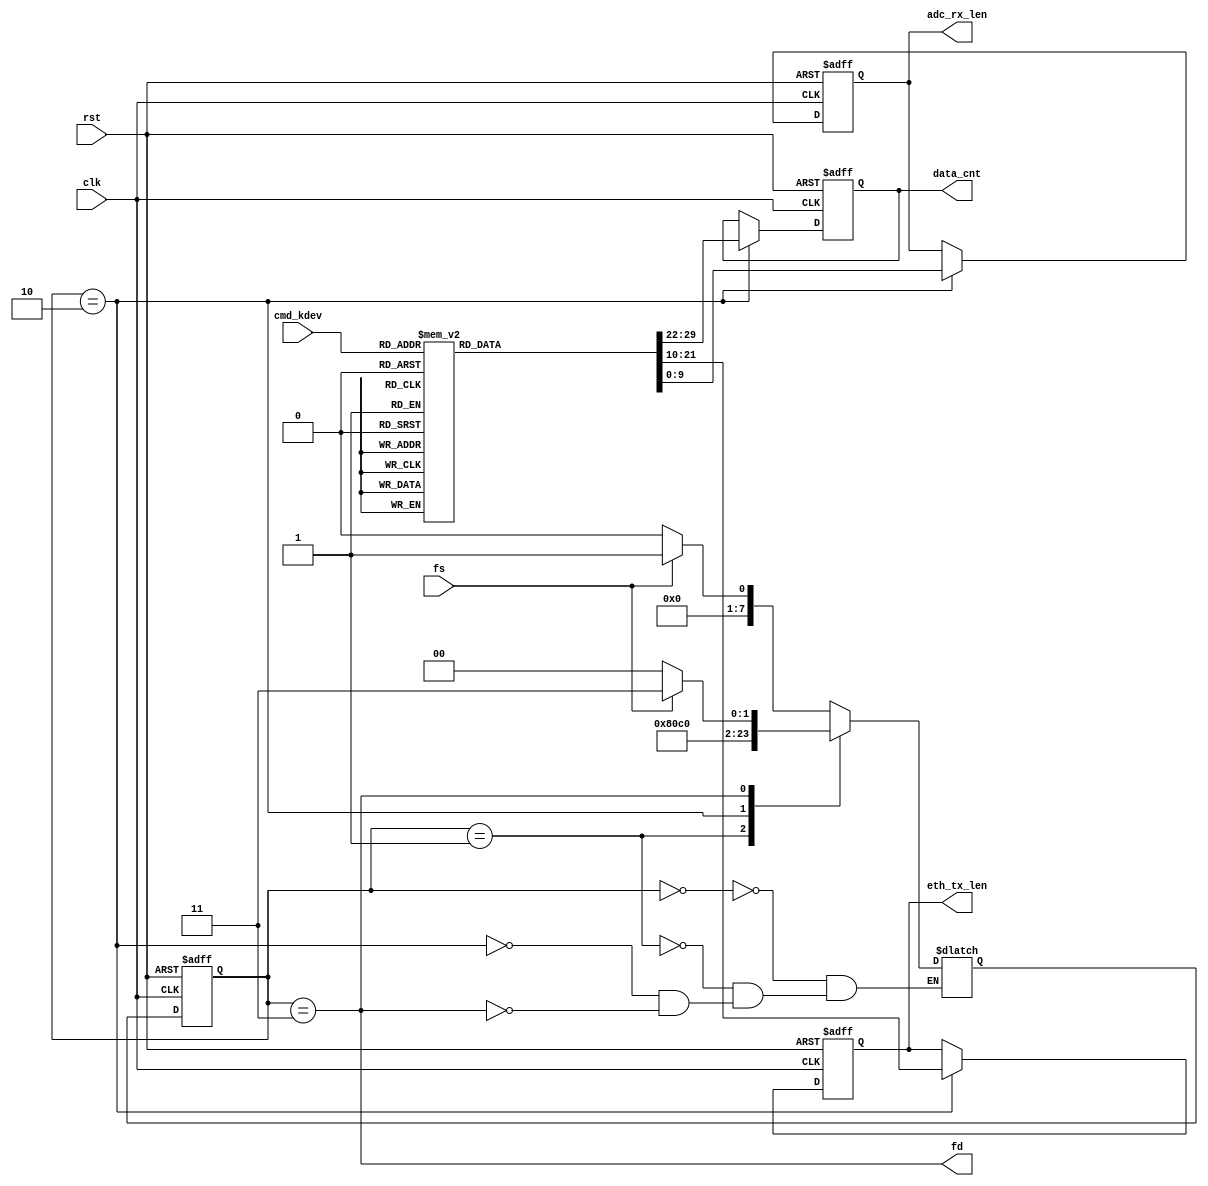
module cs_num(
    input clk,
    input rst,
    input [7:0] cmd_kdev,

    output reg [9:0] adc_rx_len,
    output reg [11:0] eth_tx_len,
    output reg [7:0] data_cnt,

    input fs,
    output fd
);

    reg [7:0] state, next_state;
    localparam IDLE = 8'h00, PREP = 8'h1, WORK = 8'h2, LAST = 8'h3;

    localparam UDP_LEN = 12'd1472;
    localparam MAX_NUM = 8'd10;

    assign fd = (state == LAST);

    always @(posedge clk or posedge rst) begin
        if(rst) state <= IDLE;
        else state <= next_state;
    end

    always @(*) begin
        case(state)
            IDLE: begin
                if(fs) next_state <= PREP;
                else next_state <= IDLE;
            end
            PREP: next_state <= WORK;
            WORK: next_state <= LAST;
            LAST: begin
                if(~fs) next_state <= IDLE;
                else next_state <= LAST;
            end
        endcase
    end

    always @(posedge clk or posedge rst) begin
        if(rst) begin
            adc_rx_len <= 10'h000;
            eth_tx_len <= 12'h000;
            data_cnt <= 8'h00;
        end
        else if(state == WORK) begin
			case(cmd_kdev)
				8'h00: begin
					adc_rx_len <= 10'h006;
					eth_tx_len <= 12'h03C;
					data_cnt <= 8'h0A;
				end
				8'h01: begin
					adc_rx_len <= 10'h026;
					eth_tx_len <= 12'h17C;
					data_cnt <= 8'h0A;
				end
				8'h02: begin
					adc_rx_len <= 10'h046;
					eth_tx_len <= 12'h2BC;
					data_cnt <= 8'h0A;
				end
				8'h03: begin
					adc_rx_len <= 10'h086;
					eth_tx_len <= 12'h53C;
					data_cnt <= 8'h0A;
				end
				8'h04: begin
					adc_rx_len <= 10'h026;
					eth_tx_len <= 12'h17C;
					data_cnt <= 8'h0A;
				end
				8'h05: begin
					adc_rx_len <= 10'h046;
					eth_tx_len <= 12'h2BC;
					data_cnt <= 8'h0A;
				end
				8'h06: begin
					adc_rx_len <= 10'h066;
					eth_tx_len <= 12'h3FC;
					data_cnt <= 8'h0A;
				end
				8'h07: begin
					adc_rx_len <= 10'h0A6;
					eth_tx_len <= 12'h530;
					data_cnt <= 8'h08;
				end
				8'h08: begin
					adc_rx_len <= 10'h046;
					eth_tx_len <= 12'h2BC;
					data_cnt <= 8'h0A;
				end
				8'h09: begin
					adc_rx_len <= 10'h066;
					eth_tx_len <= 12'h3FC;
					data_cnt <= 8'h0A;
				end
				8'h0A: begin
					adc_rx_len <= 10'h086;
					eth_tx_len <= 12'h53C;
					data_cnt <= 8'h0A;
				end
				8'h0B: begin
					adc_rx_len <= 10'h0C6;
					eth_tx_len <= 12'h56A;
					data_cnt <= 8'h07;
				end
				8'h0C: begin
					adc_rx_len <= 10'h086;
					eth_tx_len <= 12'h53C;
					data_cnt <= 8'h0A;
				end
				8'h0D: begin
					adc_rx_len <= 10'h0A6;
					eth_tx_len <= 12'h530;
					data_cnt <= 8'h08;
				end
				8'h0E: begin
					adc_rx_len <= 10'h0C6;
					eth_tx_len <= 12'h56A;
					data_cnt <= 8'h07;
				end
				8'h0F: begin
					adc_rx_len <= 10'h106;
					eth_tx_len <= 12'h51E;
					data_cnt <= 8'h05;
				end
				8'h10: begin
					adc_rx_len <= 10'h026;
					eth_tx_len <= 12'h17C;
					data_cnt <= 8'h0A;
				end
				8'h11: begin
					adc_rx_len <= 10'h046;
					eth_tx_len <= 12'h2BC;
					data_cnt <= 8'h0A;
				end
				8'h12: begin
					adc_rx_len <= 10'h066;
					eth_tx_len <= 12'h3FC;
					data_cnt <= 8'h0A;
				end
				8'h13: begin
					adc_rx_len <= 10'h0A6;
					eth_tx_len <= 12'h530;
					data_cnt <= 8'h08;
				end
				8'h14: begin
					adc_rx_len <= 10'h046;
					eth_tx_len <= 12'h2BC;
					data_cnt <= 8'h0A;
				end
				8'h15: begin
					adc_rx_len <= 10'h066;
					eth_tx_len <= 12'h3FC;
					data_cnt <= 8'h0A;
				end
				8'h16: begin
					adc_rx_len <= 10'h086;
					eth_tx_len <= 12'h53C;
					data_cnt <= 8'h0A;
				end
				8'h17: begin
					adc_rx_len <= 10'h0C6;
					eth_tx_len <= 12'h56A;
					data_cnt <= 8'h07;
				end
				8'h18: begin
					adc_rx_len <= 10'h066;
					eth_tx_len <= 12'h3FC;
					data_cnt <= 8'h0A;
				end
				8'h19: begin
					adc_rx_len <= 10'h086;
					eth_tx_len <= 12'h53C;
					data_cnt <= 8'h0A;
				end
				8'h1A: begin
					adc_rx_len <= 10'h0A6;
					eth_tx_len <= 12'h530;
					data_cnt <= 8'h08;
				end
				8'h1B: begin
					adc_rx_len <= 10'h0E6;
					eth_tx_len <= 12'h564;
					data_cnt <= 8'h06;
				end
				8'h1C: begin
					adc_rx_len <= 10'h0A6;
					eth_tx_len <= 12'h530;
					data_cnt <= 8'h08;
				end
				8'h1D: begin
					adc_rx_len <= 10'h0C6;
					eth_tx_len <= 12'h56A;
					data_cnt <= 8'h07;
				end
				8'h1E: begin
					adc_rx_len <= 10'h0E6;
					eth_tx_len <= 12'h564;
					data_cnt <= 8'h06;
				end
				8'h1F: begin
					adc_rx_len <= 10'h126;
					eth_tx_len <= 12'h5BE;
					data_cnt <= 8'h05;
				end
				8'h20: begin
					adc_rx_len <= 10'h046;
					eth_tx_len <= 12'h2BC;
					data_cnt <= 8'h0A;
				end
				8'h21: begin
					adc_rx_len <= 10'h066;
					eth_tx_len <= 12'h3FC;
					data_cnt <= 8'h0A;
				end
				8'h22: begin
					adc_rx_len <= 10'h086;
					eth_tx_len <= 12'h53C;
					data_cnt <= 8'h0A;
				end
				8'h23: begin
					adc_rx_len <= 10'h0C6;
					eth_tx_len <= 12'h56A;
					data_cnt <= 8'h07;
				end
				8'h24: begin
					adc_rx_len <= 10'h066;
					eth_tx_len <= 12'h3FC;
					data_cnt <= 8'h0A;
				end
				8'h25: begin
					adc_rx_len <= 10'h086;
					eth_tx_len <= 12'h53C;
					data_cnt <= 8'h0A;
				end
				8'h26: begin
					adc_rx_len <= 10'h0A6;
					eth_tx_len <= 12'h530;
					data_cnt <= 8'h08;
				end
				8'h27: begin
					adc_rx_len <= 10'h0E6;
					eth_tx_len <= 12'h564;
					data_cnt <= 8'h06;
				end
				8'h28: begin
					adc_rx_len <= 10'h086;
					eth_tx_len <= 12'h53C;
					data_cnt <= 8'h0A;
				end
				8'h29: begin
					adc_rx_len <= 10'h0A6;
					eth_tx_len <= 12'h530;
					data_cnt <= 8'h08;
				end
				8'h2A: begin
					adc_rx_len <= 10'h0C6;
					eth_tx_len <= 12'h56A;
					data_cnt <= 8'h07;
				end
				8'h2B: begin
					adc_rx_len <= 10'h106;
					eth_tx_len <= 12'h51E;
					data_cnt <= 8'h05;
				end
				8'h2C: begin
					adc_rx_len <= 10'h0C6;
					eth_tx_len <= 12'h56A;
					data_cnt <= 8'h07;
				end
				8'h2D: begin
					adc_rx_len <= 10'h0E6;
					eth_tx_len <= 12'h564;
					data_cnt <= 8'h06;
				end
				8'h2E: begin
					adc_rx_len <= 10'h106;
					eth_tx_len <= 12'h51E;
					data_cnt <= 8'h05;
				end
				8'h2F: begin
					adc_rx_len <= 10'h146;
					eth_tx_len <= 12'h518;
					data_cnt <= 8'h04;
				end
				8'h30: begin
					adc_rx_len <= 10'h086;
					eth_tx_len <= 12'h53C;
					data_cnt <= 8'h0A;
				end
				8'h31: begin
					adc_rx_len <= 10'h0A6;
					eth_tx_len <= 12'h530;
					data_cnt <= 8'h08;
				end
				8'h32: begin
					adc_rx_len <= 10'h0C6;
					eth_tx_len <= 12'h56A;
					data_cnt <= 8'h07;
				end
				8'h33: begin
					adc_rx_len <= 10'h106;
					eth_tx_len <= 12'h51E;
					data_cnt <= 8'h05;
				end
				8'h34: begin
					adc_rx_len <= 10'h0A6;
					eth_tx_len <= 12'h530;
					data_cnt <= 8'h08;
				end
				8'h35: begin
					adc_rx_len <= 10'h0C6;
					eth_tx_len <= 12'h56A;
					data_cnt <= 8'h07;
				end
				8'h36: begin
					adc_rx_len <= 10'h0E6;
					eth_tx_len <= 12'h564;
					data_cnt <= 8'h06;
				end
				8'h37: begin
					adc_rx_len <= 10'h126;
					eth_tx_len <= 12'h5BE;
					data_cnt <= 8'h05;
				end
				8'h38: begin
					adc_rx_len <= 10'h0C6;
					eth_tx_len <= 12'h56A;
					data_cnt <= 8'h07;
				end
				8'h39: begin
					adc_rx_len <= 10'h0E6;
					eth_tx_len <= 12'h564;
					data_cnt <= 8'h06;
				end
				8'h3A: begin
					adc_rx_len <= 10'h106;
					eth_tx_len <= 12'h51E;
					data_cnt <= 8'h05;
				end
				8'h3B: begin
					adc_rx_len <= 10'h146;
					eth_tx_len <= 12'h518;
					data_cnt <= 8'h04;
				end
				8'h3C: begin
					adc_rx_len <= 10'h106;
					eth_tx_len <= 12'h51E;
					data_cnt <= 8'h05;
				end
				8'h3D: begin
					adc_rx_len <= 10'h126;
					eth_tx_len <= 12'h5BE;
					data_cnt <= 8'h05;
				end
				8'h3E: begin
					adc_rx_len <= 10'h146;
					eth_tx_len <= 12'h518;
					data_cnt <= 8'h04;
				end
				8'h3F: begin
					adc_rx_len <= 10'h186;
					eth_tx_len <= 12'h492;
					data_cnt <= 8'h03;
				end
				8'h40: begin
					adc_rx_len <= 10'h026;
					eth_tx_len <= 12'h17C;
					data_cnt <= 8'h0A;
				end
				8'h41: begin
					adc_rx_len <= 10'h046;
					eth_tx_len <= 12'h2BC;
					data_cnt <= 8'h0A;
				end
				8'h42: begin
					adc_rx_len <= 10'h066;
					eth_tx_len <= 12'h3FC;
					data_cnt <= 8'h0A;
				end
				8'h43: begin
					adc_rx_len <= 10'h0A6;
					eth_tx_len <= 12'h530;
					data_cnt <= 8'h08;
				end
				8'h44: begin
					adc_rx_len <= 10'h046;
					eth_tx_len <= 12'h2BC;
					data_cnt <= 8'h0A;
				end
				8'h45: begin
					adc_rx_len <= 10'h066;
					eth_tx_len <= 12'h3FC;
					data_cnt <= 8'h0A;
				end
				8'h46: begin
					adc_rx_len <= 10'h086;
					eth_tx_len <= 12'h53C;
					data_cnt <= 8'h0A;
				end
				8'h47: begin
					adc_rx_len <= 10'h0C6;
					eth_tx_len <= 12'h56A;
					data_cnt <= 8'h07;
				end
				8'h48: begin
					adc_rx_len <= 10'h066;
					eth_tx_len <= 12'h3FC;
					data_cnt <= 8'h0A;
				end
				8'h49: begin
					adc_rx_len <= 10'h086;
					eth_tx_len <= 12'h53C;
					data_cnt <= 8'h0A;
				end
				8'h4A: begin
					adc_rx_len <= 10'h0A6;
					eth_tx_len <= 12'h530;
					data_cnt <= 8'h08;
				end
				8'h4B: begin
					adc_rx_len <= 10'h0E6;
					eth_tx_len <= 12'h564;
					data_cnt <= 8'h06;
				end
				8'h4C: begin
					adc_rx_len <= 10'h0A6;
					eth_tx_len <= 12'h530;
					data_cnt <= 8'h08;
				end
				8'h4D: begin
					adc_rx_len <= 10'h0C6;
					eth_tx_len <= 12'h56A;
					data_cnt <= 8'h07;
				end
				8'h4E: begin
					adc_rx_len <= 10'h0E6;
					eth_tx_len <= 12'h564;
					data_cnt <= 8'h06;
				end
				8'h4F: begin
					adc_rx_len <= 10'h126;
					eth_tx_len <= 12'h5BE;
					data_cnt <= 8'h05;
				end
				8'h50: begin
					adc_rx_len <= 10'h046;
					eth_tx_len <= 12'h2BC;
					data_cnt <= 8'h0A;
				end
				8'h51: begin
					adc_rx_len <= 10'h066;
					eth_tx_len <= 12'h3FC;
					data_cnt <= 8'h0A;
				end
				8'h52: begin
					adc_rx_len <= 10'h086;
					eth_tx_len <= 12'h53C;
					data_cnt <= 8'h0A;
				end
				8'h53: begin
					adc_rx_len <= 10'h0C6;
					eth_tx_len <= 12'h56A;
					data_cnt <= 8'h07;
				end
				8'h54: begin
					adc_rx_len <= 10'h066;
					eth_tx_len <= 12'h3FC;
					data_cnt <= 8'h0A;
				end
				8'h55: begin
					adc_rx_len <= 10'h086;
					eth_tx_len <= 12'h53C;
					data_cnt <= 8'h0A;
				end
				8'h56: begin
					adc_rx_len <= 10'h0A6;
					eth_tx_len <= 12'h530;
					data_cnt <= 8'h08;
				end
				8'h57: begin
					adc_rx_len <= 10'h0E6;
					eth_tx_len <= 12'h564;
					data_cnt <= 8'h06;
				end
				8'h58: begin
					adc_rx_len <= 10'h086;
					eth_tx_len <= 12'h53C;
					data_cnt <= 8'h0A;
				end
				8'h59: begin
					adc_rx_len <= 10'h0A6;
					eth_tx_len <= 12'h530;
					data_cnt <= 8'h08;
				end
				8'h5A: begin
					adc_rx_len <= 10'h0C6;
					eth_tx_len <= 12'h56A;
					data_cnt <= 8'h07;
				end
				8'h5B: begin
					adc_rx_len <= 10'h106;
					eth_tx_len <= 12'h51E;
					data_cnt <= 8'h05;
				end
				8'h5C: begin
					adc_rx_len <= 10'h0C6;
					eth_tx_len <= 12'h56A;
					data_cnt <= 8'h07;
				end
				8'h5D: begin
					adc_rx_len <= 10'h0E6;
					eth_tx_len <= 12'h564;
					data_cnt <= 8'h06;
				end
				8'h5E: begin
					adc_rx_len <= 10'h106;
					eth_tx_len <= 12'h51E;
					data_cnt <= 8'h05;
				end
				8'h5F: begin
					adc_rx_len <= 10'h146;
					eth_tx_len <= 12'h518;
					data_cnt <= 8'h04;
				end
				8'h60: begin
					adc_rx_len <= 10'h066;
					eth_tx_len <= 12'h3FC;
					data_cnt <= 8'h0A;
				end
				8'h61: begin
					adc_rx_len <= 10'h086;
					eth_tx_len <= 12'h53C;
					data_cnt <= 8'h0A;
				end
				8'h62: begin
					adc_rx_len <= 10'h0A6;
					eth_tx_len <= 12'h530;
					data_cnt <= 8'h08;
				end
				8'h63: begin
					adc_rx_len <= 10'h0E6;
					eth_tx_len <= 12'h564;
					data_cnt <= 8'h06;
				end
				8'h64: begin
					adc_rx_len <= 10'h086;
					eth_tx_len <= 12'h53C;
					data_cnt <= 8'h0A;
				end
				8'h65: begin
					adc_rx_len <= 10'h0A6;
					eth_tx_len <= 12'h530;
					data_cnt <= 8'h08;
				end
				8'h66: begin
					adc_rx_len <= 10'h0C6;
					eth_tx_len <= 12'h56A;
					data_cnt <= 8'h07;
				end
				8'h67: begin
					adc_rx_len <= 10'h106;
					eth_tx_len <= 12'h51E;
					data_cnt <= 8'h05;
				end
				8'h68: begin
					adc_rx_len <= 10'h0A6;
					eth_tx_len <= 12'h530;
					data_cnt <= 8'h08;
				end
				8'h69: begin
					adc_rx_len <= 10'h0C6;
					eth_tx_len <= 12'h56A;
					data_cnt <= 8'h07;
				end
				8'h6A: begin
					adc_rx_len <= 10'h0E6;
					eth_tx_len <= 12'h564;
					data_cnt <= 8'h06;
				end
				8'h6B: begin
					adc_rx_len <= 10'h126;
					eth_tx_len <= 12'h5BE;
					data_cnt <= 8'h05;
				end
				8'h6C: begin
					adc_rx_len <= 10'h0E6;
					eth_tx_len <= 12'h564;
					data_cnt <= 8'h06;
				end
				8'h6D: begin
					adc_rx_len <= 10'h106;
					eth_tx_len <= 12'h51E;
					data_cnt <= 8'h05;
				end
				8'h6E: begin
					adc_rx_len <= 10'h126;
					eth_tx_len <= 12'h5BE;
					data_cnt <= 8'h05;
				end
				8'h6F: begin
					adc_rx_len <= 10'h166;
					eth_tx_len <= 12'h598;
					data_cnt <= 8'h04;
				end
				8'h70: begin
					adc_rx_len <= 10'h0A6;
					eth_tx_len <= 12'h530;
					data_cnt <= 8'h08;
				end
				8'h71: begin
					adc_rx_len <= 10'h0C6;
					eth_tx_len <= 12'h56A;
					data_cnt <= 8'h07;
				end
				8'h72: begin
					adc_rx_len <= 10'h0E6;
					eth_tx_len <= 12'h564;
					data_cnt <= 8'h06;
				end
				8'h73: begin
					adc_rx_len <= 10'h126;
					eth_tx_len <= 12'h5BE;
					data_cnt <= 8'h05;
				end
				8'h74: begin
					adc_rx_len <= 10'h0C6;
					eth_tx_len <= 12'h56A;
					data_cnt <= 8'h07;
				end
				8'h75: begin
					adc_rx_len <= 10'h0E6;
					eth_tx_len <= 12'h564;
					data_cnt <= 8'h06;
				end
				8'h76: begin
					adc_rx_len <= 10'h106;
					eth_tx_len <= 12'h51E;
					data_cnt <= 8'h05;
				end
				8'h77: begin
					adc_rx_len <= 10'h146;
					eth_tx_len <= 12'h518;
					data_cnt <= 8'h04;
				end
				8'h78: begin
					adc_rx_len <= 10'h0E6;
					eth_tx_len <= 12'h564;
					data_cnt <= 8'h06;
				end
				8'h79: begin
					adc_rx_len <= 10'h106;
					eth_tx_len <= 12'h51E;
					data_cnt <= 8'h05;
				end
				8'h7A: begin
					adc_rx_len <= 10'h126;
					eth_tx_len <= 12'h5BE;
					data_cnt <= 8'h05;
				end
				8'h7B: begin
					adc_rx_len <= 10'h166;
					eth_tx_len <= 12'h598;
					data_cnt <= 8'h04;
				end
				8'h7C: begin
					adc_rx_len <= 10'h126;
					eth_tx_len <= 12'h5BE;
					data_cnt <= 8'h05;
				end
				8'h7D: begin
					adc_rx_len <= 10'h146;
					eth_tx_len <= 12'h518;
					data_cnt <= 8'h04;
				end
				8'h7E: begin
					adc_rx_len <= 10'h166;
					eth_tx_len <= 12'h598;
					data_cnt <= 8'h04;
				end
				8'h7F: begin
					adc_rx_len <= 10'h1A6;
					eth_tx_len <= 12'h4F2;
					data_cnt <= 8'h03;
				end
				8'h80: begin
					adc_rx_len <= 10'h046;
					eth_tx_len <= 12'h2BC;
					data_cnt <= 8'h0A;
				end
				8'h81: begin
					adc_rx_len <= 10'h066;
					eth_tx_len <= 12'h3FC;
					data_cnt <= 8'h0A;
				end
				8'h82: begin
					adc_rx_len <= 10'h086;
					eth_tx_len <= 12'h53C;
					data_cnt <= 8'h0A;
				end
				8'h83: begin
					adc_rx_len <= 10'h0C6;
					eth_tx_len <= 12'h56A;
					data_cnt <= 8'h07;
				end
				8'h84: begin
					adc_rx_len <= 10'h066;
					eth_tx_len <= 12'h3FC;
					data_cnt <= 8'h0A;
				end
				8'h85: begin
					adc_rx_len <= 10'h086;
					eth_tx_len <= 12'h53C;
					data_cnt <= 8'h0A;
				end
				8'h86: begin
					adc_rx_len <= 10'h0A6;
					eth_tx_len <= 12'h530;
					data_cnt <= 8'h08;
				end
				8'h87: begin
					adc_rx_len <= 10'h0E6;
					eth_tx_len <= 12'h564;
					data_cnt <= 8'h06;
				end
				8'h88: begin
					adc_rx_len <= 10'h086;
					eth_tx_len <= 12'h53C;
					data_cnt <= 8'h0A;
				end
				8'h89: begin
					adc_rx_len <= 10'h0A6;
					eth_tx_len <= 12'h530;
					data_cnt <= 8'h08;
				end
				8'h8A: begin
					adc_rx_len <= 10'h0C6;
					eth_tx_len <= 12'h56A;
					data_cnt <= 8'h07;
				end
				8'h8B: begin
					adc_rx_len <= 10'h106;
					eth_tx_len <= 12'h51E;
					data_cnt <= 8'h05;
				end
				8'h8C: begin
					adc_rx_len <= 10'h0C6;
					eth_tx_len <= 12'h56A;
					data_cnt <= 8'h07;
				end
				8'h8D: begin
					adc_rx_len <= 10'h0E6;
					eth_tx_len <= 12'h564;
					data_cnt <= 8'h06;
				end
				8'h8E: begin
					adc_rx_len <= 10'h106;
					eth_tx_len <= 12'h51E;
					data_cnt <= 8'h05;
				end
				8'h8F: begin
					adc_rx_len <= 10'h146;
					eth_tx_len <= 12'h518;
					data_cnt <= 8'h04;
				end
				8'h90: begin
					adc_rx_len <= 10'h066;
					eth_tx_len <= 12'h3FC;
					data_cnt <= 8'h0A;
				end
				8'h91: begin
					adc_rx_len <= 10'h086;
					eth_tx_len <= 12'h53C;
					data_cnt <= 8'h0A;
				end
				8'h92: begin
					adc_rx_len <= 10'h0A6;
					eth_tx_len <= 12'h530;
					data_cnt <= 8'h08;
				end
				8'h93: begin
					adc_rx_len <= 10'h0E6;
					eth_tx_len <= 12'h564;
					data_cnt <= 8'h06;
				end
				8'h94: begin
					adc_rx_len <= 10'h086;
					eth_tx_len <= 12'h53C;
					data_cnt <= 8'h0A;
				end
				8'h95: begin
					adc_rx_len <= 10'h0A6;
					eth_tx_len <= 12'h530;
					data_cnt <= 8'h08;
				end
				8'h96: begin
					adc_rx_len <= 10'h0C6;
					eth_tx_len <= 12'h56A;
					data_cnt <= 8'h07;
				end
				8'h97: begin
					adc_rx_len <= 10'h106;
					eth_tx_len <= 12'h51E;
					data_cnt <= 8'h05;
				end
				8'h98: begin
					adc_rx_len <= 10'h0A6;
					eth_tx_len <= 12'h530;
					data_cnt <= 8'h08;
				end
				8'h99: begin
					adc_rx_len <= 10'h0C6;
					eth_tx_len <= 12'h56A;
					data_cnt <= 8'h07;
				end
				8'h9A: begin
					adc_rx_len <= 10'h0E6;
					eth_tx_len <= 12'h564;
					data_cnt <= 8'h06;
				end
				8'h9B: begin
					adc_rx_len <= 10'h126;
					eth_tx_len <= 12'h5BE;
					data_cnt <= 8'h05;
				end
				8'h9C: begin
					adc_rx_len <= 10'h0E6;
					eth_tx_len <= 12'h564;
					data_cnt <= 8'h06;
				end
				8'h9D: begin
					adc_rx_len <= 10'h106;
					eth_tx_len <= 12'h51E;
					data_cnt <= 8'h05;
				end
				8'h9E: begin
					adc_rx_len <= 10'h126;
					eth_tx_len <= 12'h5BE;
					data_cnt <= 8'h05;
				end
				8'h9F: begin
					adc_rx_len <= 10'h166;
					eth_tx_len <= 12'h598;
					data_cnt <= 8'h04;
				end
				8'hA0: begin
					adc_rx_len <= 10'h086;
					eth_tx_len <= 12'h53C;
					data_cnt <= 8'h0A;
				end
				8'hA1: begin
					adc_rx_len <= 10'h0A6;
					eth_tx_len <= 12'h530;
					data_cnt <= 8'h08;
				end
				8'hA2: begin
					adc_rx_len <= 10'h0C6;
					eth_tx_len <= 12'h56A;
					data_cnt <= 8'h07;
				end
				8'hA3: begin
					adc_rx_len <= 10'h106;
					eth_tx_len <= 12'h51E;
					data_cnt <= 8'h05;
				end
				8'hA4: begin
					adc_rx_len <= 10'h0A6;
					eth_tx_len <= 12'h530;
					data_cnt <= 8'h08;
				end
				8'hA5: begin
					adc_rx_len <= 10'h0C6;
					eth_tx_len <= 12'h56A;
					data_cnt <= 8'h07;
				end
				8'hA6: begin
					adc_rx_len <= 10'h0E6;
					eth_tx_len <= 12'h564;
					data_cnt <= 8'h06;
				end
				8'hA7: begin
					adc_rx_len <= 10'h126;
					eth_tx_len <= 12'h5BE;
					data_cnt <= 8'h05;
				end
				8'hA8: begin
					adc_rx_len <= 10'h0C6;
					eth_tx_len <= 12'h56A;
					data_cnt <= 8'h07;
				end
				8'hA9: begin
					adc_rx_len <= 10'h0E6;
					eth_tx_len <= 12'h564;
					data_cnt <= 8'h06;
				end
				8'hAA: begin
					adc_rx_len <= 10'h106;
					eth_tx_len <= 12'h51E;
					data_cnt <= 8'h05;
				end
				8'hAB: begin
					adc_rx_len <= 10'h146;
					eth_tx_len <= 12'h518;
					data_cnt <= 8'h04;
				end
				8'hAC: begin
					adc_rx_len <= 10'h106;
					eth_tx_len <= 12'h51E;
					data_cnt <= 8'h05;
				end
				8'hAD: begin
					adc_rx_len <= 10'h126;
					eth_tx_len <= 12'h5BE;
					data_cnt <= 8'h05;
				end
				8'hAE: begin
					adc_rx_len <= 10'h146;
					eth_tx_len <= 12'h518;
					data_cnt <= 8'h04;
				end
				8'hAF: begin
					adc_rx_len <= 10'h186;
					eth_tx_len <= 12'h492;
					data_cnt <= 8'h03;
				end
				8'hB0: begin
					adc_rx_len <= 10'h0C6;
					eth_tx_len <= 12'h56A;
					data_cnt <= 8'h07;
				end
				8'hB1: begin
					adc_rx_len <= 10'h0E6;
					eth_tx_len <= 12'h564;
					data_cnt <= 8'h06;
				end
				8'hB2: begin
					adc_rx_len <= 10'h106;
					eth_tx_len <= 12'h51E;
					data_cnt <= 8'h05;
				end
				8'hB3: begin
					adc_rx_len <= 10'h146;
					eth_tx_len <= 12'h518;
					data_cnt <= 8'h04;
				end
				8'hB4: begin
					adc_rx_len <= 10'h0E6;
					eth_tx_len <= 12'h564;
					data_cnt <= 8'h06;
				end
				8'hB5: begin
					adc_rx_len <= 10'h106;
					eth_tx_len <= 12'h51E;
					data_cnt <= 8'h05;
				end
				8'hB6: begin
					adc_rx_len <= 10'h126;
					eth_tx_len <= 12'h5BE;
					data_cnt <= 8'h05;
				end
				8'hB7: begin
					adc_rx_len <= 10'h166;
					eth_tx_len <= 12'h598;
					data_cnt <= 8'h04;
				end
				8'hB8: begin
					adc_rx_len <= 10'h106;
					eth_tx_len <= 12'h51E;
					data_cnt <= 8'h05;
				end
				8'hB9: begin
					adc_rx_len <= 10'h126;
					eth_tx_len <= 12'h5BE;
					data_cnt <= 8'h05;
				end
				8'hBA: begin
					adc_rx_len <= 10'h146;
					eth_tx_len <= 12'h518;
					data_cnt <= 8'h04;
				end
				8'hBB: begin
					adc_rx_len <= 10'h186;
					eth_tx_len <= 12'h492;
					data_cnt <= 8'h03;
				end
				8'hBC: begin
					adc_rx_len <= 10'h146;
					eth_tx_len <= 12'h518;
					data_cnt <= 8'h04;
				end
				8'hBD: begin
					adc_rx_len <= 10'h166;
					eth_tx_len <= 12'h598;
					data_cnt <= 8'h04;
				end
				8'hBE: begin
					adc_rx_len <= 10'h186;
					eth_tx_len <= 12'h492;
					data_cnt <= 8'h03;
				end
				8'hBF: begin
					adc_rx_len <= 10'h1C6;
					eth_tx_len <= 12'h552;
					data_cnt <= 8'h03;
				end
				8'hC0: begin
					adc_rx_len <= 10'h086;
					eth_tx_len <= 12'h53C;
					data_cnt <= 8'h0A;
				end
				8'hC1: begin
					adc_rx_len <= 10'h0A6;
					eth_tx_len <= 12'h530;
					data_cnt <= 8'h08;
				end
				8'hC2: begin
					adc_rx_len <= 10'h0C6;
					eth_tx_len <= 12'h56A;
					data_cnt <= 8'h07;
				end
				8'hC3: begin
					adc_rx_len <= 10'h106;
					eth_tx_len <= 12'h51E;
					data_cnt <= 8'h05;
				end
				8'hC4: begin
					adc_rx_len <= 10'h0A6;
					eth_tx_len <= 12'h530;
					data_cnt <= 8'h08;
				end
				8'hC5: begin
					adc_rx_len <= 10'h0C6;
					eth_tx_len <= 12'h56A;
					data_cnt <= 8'h07;
				end
				8'hC6: begin
					adc_rx_len <= 10'h0E6;
					eth_tx_len <= 12'h564;
					data_cnt <= 8'h06;
				end
				8'hC7: begin
					adc_rx_len <= 10'h126;
					eth_tx_len <= 12'h5BE;
					data_cnt <= 8'h05;
				end
				8'hC8: begin
					adc_rx_len <= 10'h0C6;
					eth_tx_len <= 12'h56A;
					data_cnt <= 8'h07;
				end
				8'hC9: begin
					adc_rx_len <= 10'h0E6;
					eth_tx_len <= 12'h564;
					data_cnt <= 8'h06;
				end
				8'hCA: begin
					adc_rx_len <= 10'h106;
					eth_tx_len <= 12'h51E;
					data_cnt <= 8'h05;
				end
				8'hCB: begin
					adc_rx_len <= 10'h146;
					eth_tx_len <= 12'h518;
					data_cnt <= 8'h04;
				end
				8'hCC: begin
					adc_rx_len <= 10'h106;
					eth_tx_len <= 12'h51E;
					data_cnt <= 8'h05;
				end
				8'hCD: begin
					adc_rx_len <= 10'h126;
					eth_tx_len <= 12'h5BE;
					data_cnt <= 8'h05;
				end
				8'hCE: begin
					adc_rx_len <= 10'h146;
					eth_tx_len <= 12'h518;
					data_cnt <= 8'h04;
				end
				8'hCF: begin
					adc_rx_len <= 10'h186;
					eth_tx_len <= 12'h492;
					data_cnt <= 8'h03;
				end
				8'hD0: begin
					adc_rx_len <= 10'h0A6;
					eth_tx_len <= 12'h530;
					data_cnt <= 8'h08;
				end
				8'hD1: begin
					adc_rx_len <= 10'h0C6;
					eth_tx_len <= 12'h56A;
					data_cnt <= 8'h07;
				end
				8'hD2: begin
					adc_rx_len <= 10'h0E6;
					eth_tx_len <= 12'h564;
					data_cnt <= 8'h06;
				end
				8'hD3: begin
					adc_rx_len <= 10'h126;
					eth_tx_len <= 12'h5BE;
					data_cnt <= 8'h05;
				end
				8'hD4: begin
					adc_rx_len <= 10'h0C6;
					eth_tx_len <= 12'h56A;
					data_cnt <= 8'h07;
				end
				8'hD5: begin
					adc_rx_len <= 10'h0E6;
					eth_tx_len <= 12'h564;
					data_cnt <= 8'h06;
				end
				8'hD6: begin
					adc_rx_len <= 10'h106;
					eth_tx_len <= 12'h51E;
					data_cnt <= 8'h05;
				end
				8'hD7: begin
					adc_rx_len <= 10'h146;
					eth_tx_len <= 12'h518;
					data_cnt <= 8'h04;
				end
				8'hD8: begin
					adc_rx_len <= 10'h0E6;
					eth_tx_len <= 12'h564;
					data_cnt <= 8'h06;
				end
				8'hD9: begin
					adc_rx_len <= 10'h106;
					eth_tx_len <= 12'h51E;
					data_cnt <= 8'h05;
				end
				8'hDA: begin
					adc_rx_len <= 10'h126;
					eth_tx_len <= 12'h5BE;
					data_cnt <= 8'h05;
				end
				8'hDB: begin
					adc_rx_len <= 10'h166;
					eth_tx_len <= 12'h598;
					data_cnt <= 8'h04;
				end
				8'hDC: begin
					adc_rx_len <= 10'h126;
					eth_tx_len <= 12'h5BE;
					data_cnt <= 8'h05;
				end
				8'hDD: begin
					adc_rx_len <= 10'h146;
					eth_tx_len <= 12'h518;
					data_cnt <= 8'h04;
				end
				8'hDE: begin
					adc_rx_len <= 10'h166;
					eth_tx_len <= 12'h598;
					data_cnt <= 8'h04;
				end
				8'hDF: begin
					adc_rx_len <= 10'h1A6;
					eth_tx_len <= 12'h4F2;
					data_cnt <= 8'h03;
				end
				8'hE0: begin
					adc_rx_len <= 10'h0C6;
					eth_tx_len <= 12'h56A;
					data_cnt <= 8'h07;
				end
				8'hE1: begin
					adc_rx_len <= 10'h0E6;
					eth_tx_len <= 12'h564;
					data_cnt <= 8'h06;
				end
				8'hE2: begin
					adc_rx_len <= 10'h106;
					eth_tx_len <= 12'h51E;
					data_cnt <= 8'h05;
				end
				8'hE3: begin
					adc_rx_len <= 10'h146;
					eth_tx_len <= 12'h518;
					data_cnt <= 8'h04;
				end
				8'hE4: begin
					adc_rx_len <= 10'h0E6;
					eth_tx_len <= 12'h564;
					data_cnt <= 8'h06;
				end
				8'hE5: begin
					adc_rx_len <= 10'h106;
					eth_tx_len <= 12'h51E;
					data_cnt <= 8'h05;
				end
				8'hE6: begin
					adc_rx_len <= 10'h126;
					eth_tx_len <= 12'h5BE;
					data_cnt <= 8'h05;
				end
				8'hE7: begin
					adc_rx_len <= 10'h166;
					eth_tx_len <= 12'h598;
					data_cnt <= 8'h04;
				end
				8'hE8: begin
					adc_rx_len <= 10'h106;
					eth_tx_len <= 12'h51E;
					data_cnt <= 8'h05;
				end
				8'hE9: begin
					adc_rx_len <= 10'h126;
					eth_tx_len <= 12'h5BE;
					data_cnt <= 8'h05;
				end
				8'hEA: begin
					adc_rx_len <= 10'h146;
					eth_tx_len <= 12'h518;
					data_cnt <= 8'h04;
				end
				8'hEB: begin
					adc_rx_len <= 10'h186;
					eth_tx_len <= 12'h492;
					data_cnt <= 8'h03;
				end
				8'hEC: begin
					adc_rx_len <= 10'h146;
					eth_tx_len <= 12'h518;
					data_cnt <= 8'h04;
				end
				8'hED: begin
					adc_rx_len <= 10'h166;
					eth_tx_len <= 12'h598;
					data_cnt <= 8'h04;
				end
				8'hEE: begin
					adc_rx_len <= 10'h186;
					eth_tx_len <= 12'h492;
					data_cnt <= 8'h03;
				end
				8'hEF: begin
					adc_rx_len <= 10'h1C6;
					eth_tx_len <= 12'h552;
					data_cnt <= 8'h03;
				end
				8'hF0: begin
					adc_rx_len <= 10'h106;
					eth_tx_len <= 12'h51E;
					data_cnt <= 8'h05;
				end
				8'hF1: begin
					adc_rx_len <= 10'h126;
					eth_tx_len <= 12'h5BE;
					data_cnt <= 8'h05;
				end
				8'hF2: begin
					adc_rx_len <= 10'h146;
					eth_tx_len <= 12'h518;
					data_cnt <= 8'h04;
				end
				8'hF3: begin
					adc_rx_len <= 10'h186;
					eth_tx_len <= 12'h492;
					data_cnt <= 8'h03;
				end
				8'hF4: begin
					adc_rx_len <= 10'h126;
					eth_tx_len <= 12'h5BE;
					data_cnt <= 8'h05;
				end
				8'hF5: begin
					adc_rx_len <= 10'h146;
					eth_tx_len <= 12'h518;
					data_cnt <= 8'h04;
				end
				8'hF6: begin
					adc_rx_len <= 10'h166;
					eth_tx_len <= 12'h598;
					data_cnt <= 8'h04;
				end
				8'hF7: begin
					adc_rx_len <= 10'h1A6;
					eth_tx_len <= 12'h4F2;
					data_cnt <= 8'h03;
				end
				8'hF8: begin
					adc_rx_len <= 10'h146;
					eth_tx_len <= 12'h518;
					data_cnt <= 8'h04;
				end
				8'hF9: begin
					adc_rx_len <= 10'h166;
					eth_tx_len <= 12'h598;
					data_cnt <= 8'h04;
				end
				8'hFA: begin
					adc_rx_len <= 10'h186;
					eth_tx_len <= 12'h492;
					data_cnt <= 8'h03;
				end
				8'hFB: begin
					adc_rx_len <= 10'h1C6;
					eth_tx_len <= 12'h552;
					data_cnt <= 8'h03;
				end
				8'hFC: begin
					adc_rx_len <= 10'h186;
					eth_tx_len <= 12'h492;
					data_cnt <= 8'h03;
				end
				8'hFD: begin
					adc_rx_len <= 10'h1A6;
					eth_tx_len <= 12'h4F2;
					data_cnt <= 8'h03;
				end
				8'hFE: begin
					adc_rx_len <= 10'h1C6;
					eth_tx_len <= 12'h552;
					data_cnt <= 8'h03;
				end
				8'hFF: begin
					adc_rx_len <= 10'h206;
					eth_tx_len <= 12'h40C;
					data_cnt <= 8'h02;
				end
			endcase
        end
        else begin
            adc_rx_len <= adc_rx_len;
            eth_tx_len <= eth_tx_len;
            data_cnt <= data_cnt;
        end
    end

endmodule